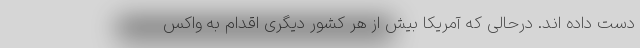
دست داده اند. درحالی که آمریکا بیش از هر کشور دیگری اقدام به واکس